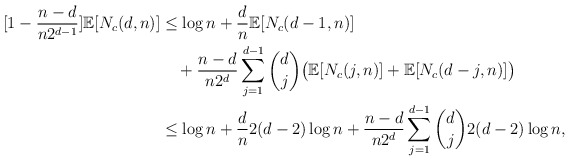
\begin{align*}[1-\frac{n-d}{n2^{d-1}}]\mathbb{E}[N_c(d,n)]&\le\log n+\frac{d}{n}\mathbb{E}[N_c(d-1,n)]\\&\quad+\frac{n-d}{n2^d}\sum_{j=1}^{d-1}\binom{d}{j}\big{(}\mathbb{E}[N_{c}(j,n)]+\mathbb{E}[N_{c}(d-j,n)]\big{)}\\&\le \log n+\frac{d}{n}2(d-2)\log n+\frac{n-d}{n2^d}\sum_{j=1}^{d-1} \binom{d}{j}2(d-2)\log n,\end{align*}